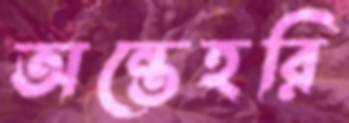
অন্তেহরি